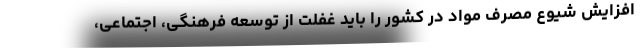
افزایش شیوع مصرف مواد در کشور را باید غفلت از توسعه فرهنگی، اجتماعی،